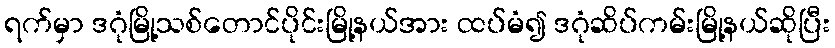
ရက်မှာ ဒဂုံမြို့သစ်တောင်ပိုင်းမြို့နယ်အား ထပ်မံ၍ ဒဂုံဆိပ်ကမ်းမြို့နယ်ဆိုပြီး